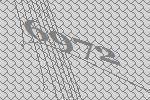
6972